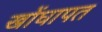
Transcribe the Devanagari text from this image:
खोंघापत